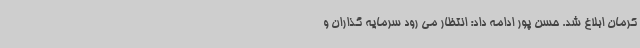
کرمان ابلاغ شد. حسن پور ادامه داد: انتظار می رود سرمایه گذاران و